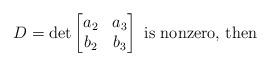
LaTeX: \begin{align*}D = \det \left[\begin{matrix}a_2 & a_3 \\b_2 & b_3\end{matrix} \right]\mbox{ is nonzero, then }\end{align*}